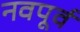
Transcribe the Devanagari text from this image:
नवपूर्व